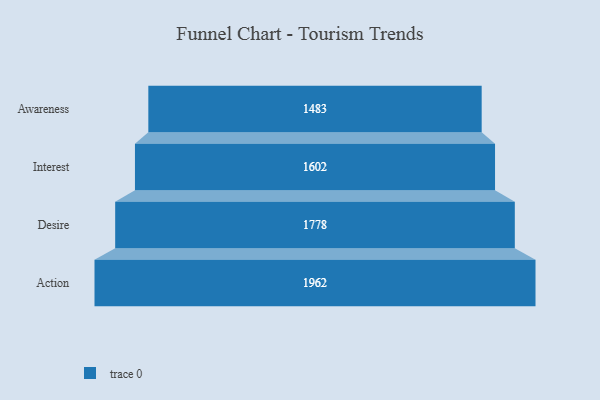
{"axis": {"x": "Stage", "y": "Value"}, "legend": [""], "data": [{"x": "Awareness", "y": 1483.0, "type": ""}, {"x": "Interest", "y": 1602.0, "type": ""}, {"x": "Desire", "y": 1778.0, "type": ""}, {"x": "Action", "y": 1962.0, "type": ""}]}